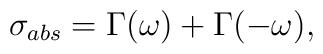
\sigma_{abs} = \Gamma(\omega) + \Gamma(-\omega),